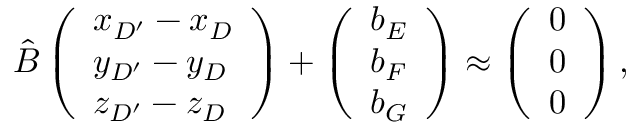
\hat { B } \left( \begin{array} { l } { x _ { D ^ { \prime } } - x _ { D } } \\ { y _ { D ^ { \prime } } - y _ { D } } \\ { z _ { D ^ { \prime } } - z _ { D } } \end{array} \right) + \left( \begin{array} { l } { b _ { E } } \\ { b _ { F } } \\ { b _ { G } } \end{array} \right) \approx \left( \begin{array} { l } { 0 } \\ { 0 } \\ { 0 } \end{array} \right) ,